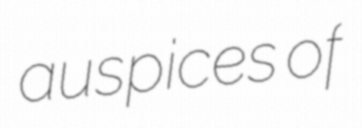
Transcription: auspices of